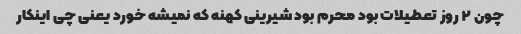
چون ۲ روز تعطیلات بود محرم بود شیرینی کهنه که نمیشه خورد یعنی چی اینکار